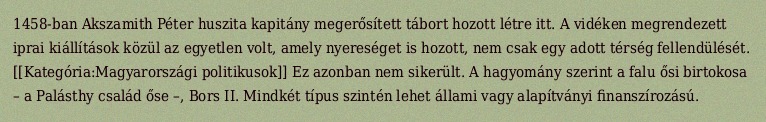
1458-ban Akszamith Péter huszita kapitány megerősített tábort hozott létre itt. A vidéken megrendezett iprai kiállítások közül az egyetlen volt, amely nyereséget is hozott, nem csak egy adott térség fellendülését. [[Kategória:Magyarországi politikusok]] Ez azonban nem sikerült. A hagyomány szerint a falu ősi birtokosa – a Palásthy család őse –, Bors II. Mindkét típus szintén lehet állami vagy alapítványi finanszírozású.